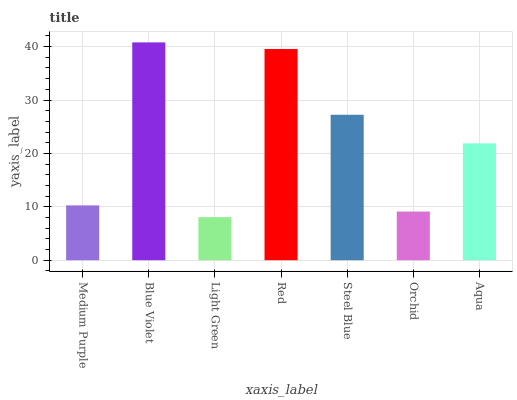
| xaxis_label | bars |
 | --- | --- |
 | Medium Purple | 10.3 |
 | Blue Violet | 40.8 |
 | Light Green | 8.07 |
 | Red | 39.5 |
 | Steel Blue | 27.2 |
 | Orchid | 9.11 |
 | Aqua | 21.9 |